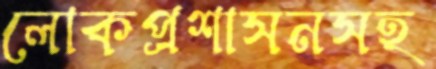
লোকপ্রশাসনসহ